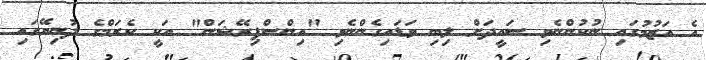
އެ އަޒުމުގައި ނުކުންނެވި ސައީދަށް ލިބި ވަޑައިގެންނެވި "އިންސްޕިރޭޝަން" އަކީ ކެރަމްގެ ދުނިޔޭގައި